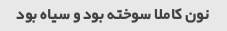
نون کاملا سوخته بود و سیاه بود